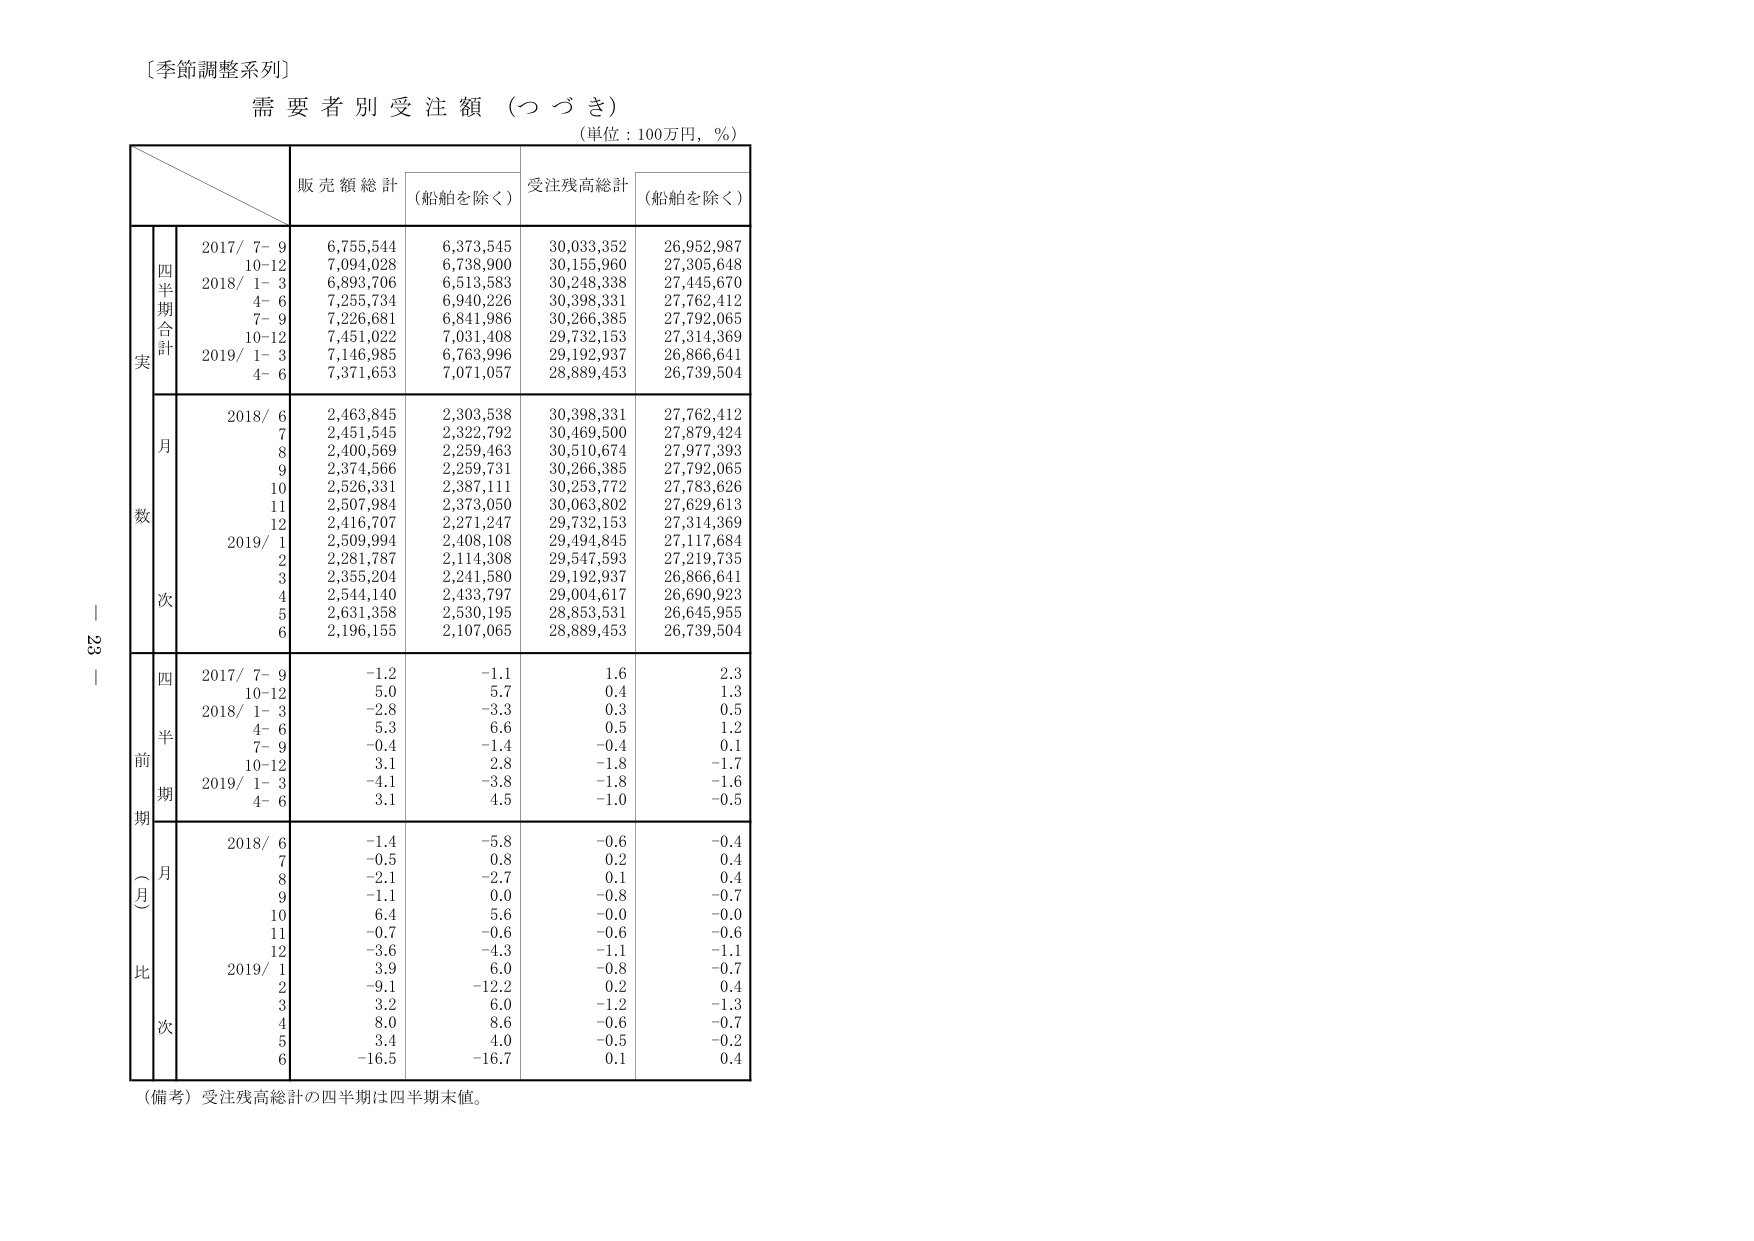
〔季節調整系列〕
需要者別受注額（つづき）
（単位：100万円，％）

販売額総計 （船舶を除く） 受注残高総計 （船舶を除く）

実数
四半期合計
2017/ 7- 9 6,755,544 6,373,545 30,033,352 26,952,987
10-12 7,094,028 6,738,900 30,155,960 27,305,648
2018/ 1- 3 6,893,706 6,513,583 30,248,338 27,445,670
4- 6 7,255,734 6,940,226 30,398,331 27,762,412
7- 9 7,226,681 6,841,986 30,266,385 27,792,065
10-12 7,451,022 7,031,408 29,732,153 27,314,369
2019/ 1- 3 7,146,985 6,763,996 29,192,937 26,866,641
4- 6 7,371,653 7,071,057 28,889,453 26,739,504

月次
2018/ 6 2,463,845 2,303,538 30,398,331 27,762,412
7 2,451,545 2,322,792 30,469,500 27,879,424
8 2,400,569 2,259,463 30,510,674 27,977,393
9 2,374,566 2,259,731 30,266,385 27,792,065
10 2,526,331 2,387,111 30,253,772 27,783,626
11 2,507,984 2,373,050 30,063,802 27,629,613
12 2,416,707 2,271,247 29,732,153 27,314,369
2019/ 1 2,509,994 2,408,108 29,494,845 27,117,684
2 2,281,787 2,114,308 29,547,593 27,219,735
3 2,355,204 2,241,580 29,192,937 26,866,641
4 2,544,140 2,433,797 29,004,617 26,690,923
5 2,631,358 2,530,195 28,853,531 26,645,955
6 2,196,155 2,107,065 28,889,453 26,739,504

前期（月）比
四半期
2017/ 7- 9 -1.2 -1.1 1.6 2.3
10-12 5.0 5.7 0.4 1.3
2018/ 1- 3 -2.8 -3.3 0.3 0.5
4- 6 5.3 6.6 0.5 1.2
7- 9 -0.4 -1.4 -0.4 0.1
10-12 3.1 2.8 -1.8 -1.7
2019/ 1- 3 -4.1 -3.8 -1.8 -1.6
4- 6 3.1 4.5 -1.0 -0.5

月次
2018/ 6 -1.4 -5.8 -0.6 -0.4
7 -0.5 0.8 0.2 0.4
8 -2.1 -2.7 0.1 0.4
9 -1.1 0.0 -0.8 -0.7
10 6.4 5.6 -0.0 -0.0
11 -0.7 -0.6 -0.6 -0.6
12 -3.6 -4.3 -1.1 -1.1
2019/ 1 3.9 6.0 -0.8 -0.7
2 -9.1 -12.2 0.2 0.4
3 3.2 6.0 -1.2 -1.3
4 8.0 8.6 -0.6 -0.7
5 3.4 4.0 -0.5 -0.2
6 -16.5 -16.7 0.1 0.4

（備考）受注残高総計の四半期は四半期末値。